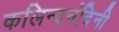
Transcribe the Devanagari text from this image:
कलिन्दनंदिनी